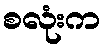
စလုံးက